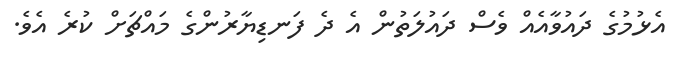
އެޅުމުގެ ދައުވާއެއް ވެސް ދައުލަތުން އެ ދެ ފަނޑިޔާރުންގެ މައްޗަށް ކުރެ އެވެ.